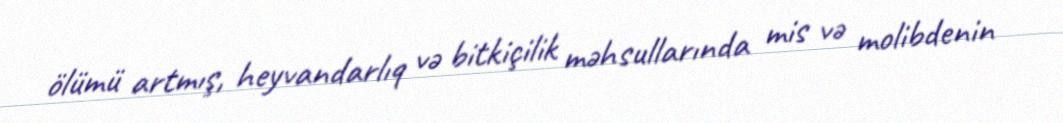
ölümü artmış, heyvandarlıq və bitkiçilik məhsullarında mis və molibdenin